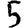
Digit: 5